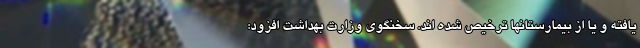
یافته و یا از بیمارستانها ترخیص شده اند. سخنگوی وزارت بهداشت افزود: